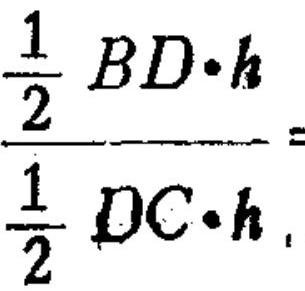
\(\frac{\frac{1}{2}BD\cdot h}{\frac{1}{2}DC\cdot h}\)